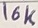
Text: 16K